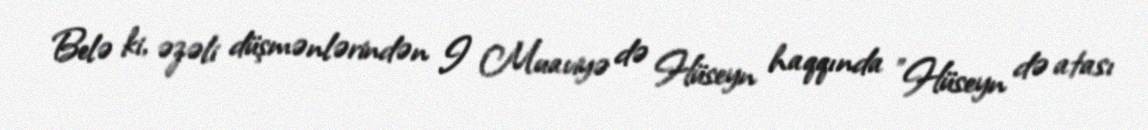
Belə ki, əzəli düşmənlərindən I Muaviyə də Hüseyn haqqında "Hüseyn də atası